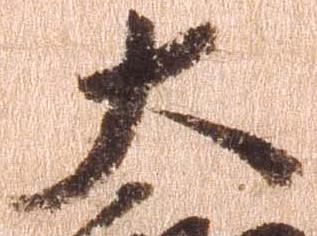
大